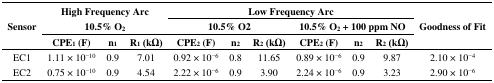
| <ROWSPAN=3> Sensor | <COLSPAN=3> High Frequency Arc | <COLSPAN=6> Low Frequency Arc | <ROWSPAN=3> Goodness of Fit |
 | <COLSPAN=3> 10.5% O2 | <COLSPAN=3> 10.5% O2 | <COLSPAN=3> 10.5% O2 + 100 ppm NO |
 | CPE1 (F) | n1 | R1 (kΩ) | CPE2 (F) | n2 | R2 (kΩ) | CPE2 (F) | n2 | R2 (kΩ) |
 | --- | --- | --- | --- | --- | --- | --- | --- | --- | --- | --- |
 | EC1 | 1.11 × 10−10 | 0.9 | 7.01 | 0.92 × 10−6 | 0.8 | 11.65 | 0.89 × 10−6 | 0.9 | 9.87 | 2.10 × 10−4 |
 | EC2 | 0.75 × 10−10 | 0.9 | 4.54 | 2.22 × 10−6 | 0.9 | 3.90 | 2.24 × 10−6 | 0.9 | 3.23 | 2.90 × 10−6 |